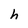
Character: h